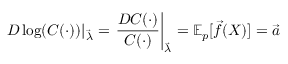
D \log ( C ( \cdot ) ) \vert _ { \vec { \lambda } } = \left. { \frac { D C ( \cdot ) } { C ( \cdot ) } } \right| _ { \vec { \lambda } } = \mathbb { E } _ { p } [ { \vec { f } } ( X ) ] = { \vec { a } }